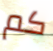
كم